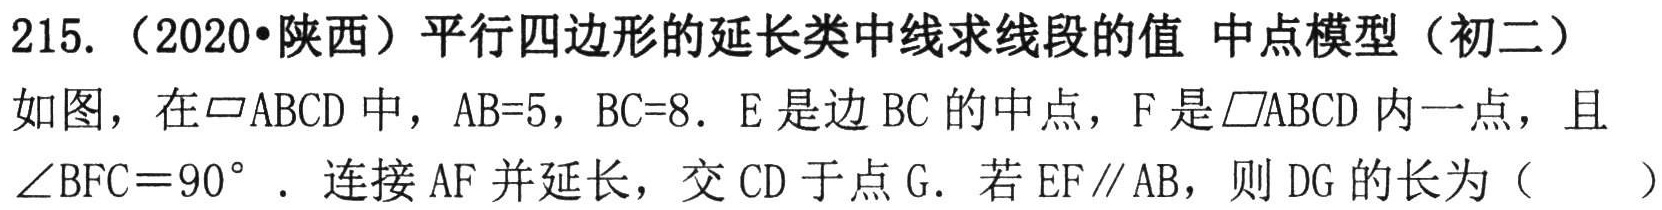
215.（2020•陕西）平行四边形的延长类中线求线段的值 中点模型（初二）

如图，在$\square ABCD$中，$AB = 5$，$BC = 8$. $E$是边$BC$的中点，$F$是$\square ABCD$内一点，且$\angle BFC = 90^{\circ}$. 连接$AF$并延长，交$CD$于点$G$. 若$EF\parallel AB$，则$DG$的长为（  ）